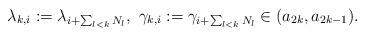
LaTeX: \begin{align*} \lambda_{k,i}:=\lambda_{i+\sum_{l <k} N_l}, \ \gamma_{k,i}:=\gamma_{i+\sum_{l < k} N_l} \in (a_{2k}, a_{2k-1}).\end{align*}